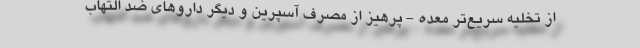
از تخلیه سریع‌تر معده - پرهیز از مصرف آسپرین و دیگر داروهای ضد التهاب